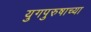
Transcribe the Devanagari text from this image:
युगपुरुषाच्या